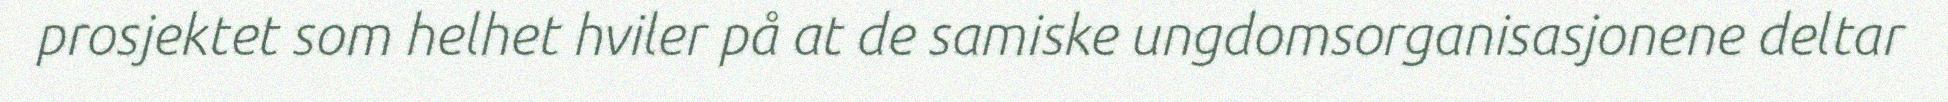
prosjektet som helhet hviler på at de samiske ungdomsorganisasjonene deltar